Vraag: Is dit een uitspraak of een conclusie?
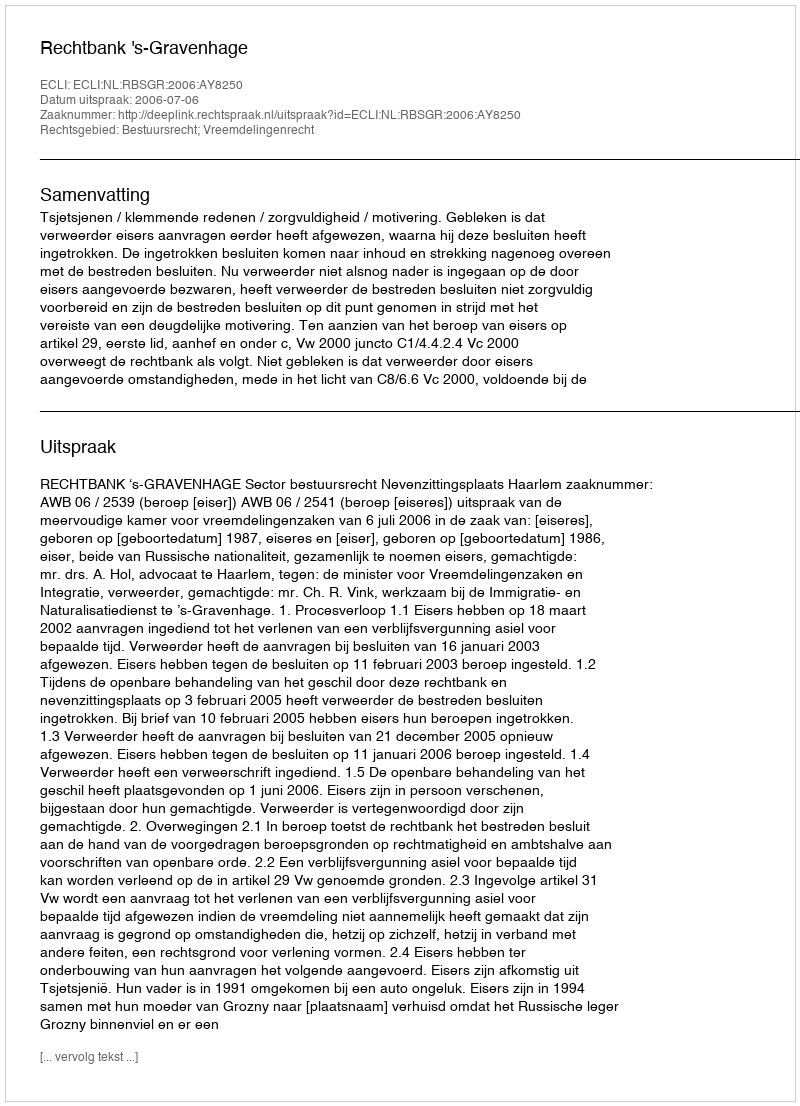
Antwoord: Uitspraak